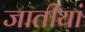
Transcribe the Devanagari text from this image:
जातीयां